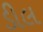
ડીલ